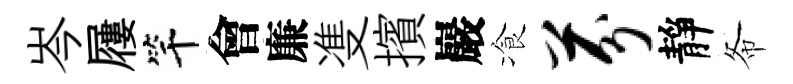
岑屨竿會廉㕠擯巖飡芬靜𢁙